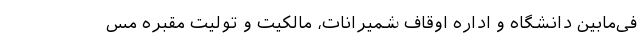
فی‌ما‌بین دانشگاه و اداره اوقاف شمیرانات، مالکیت و تولیت مقبره مس